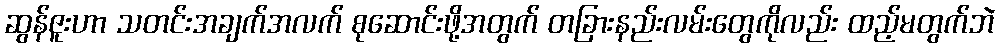
ဆွန်ဇူးဟာ သတင်းအချက်အလက် စုဆောင်းဖို့အတွက် တခြားနည်းလမ်းတွေကိုလည်း ထည့်မတွက်ဘဲ